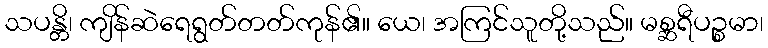
သပန္တိ၊ ကျိန်ဆဲရေရွတ်တတ်ကုန်၏။ ယေ၊ အကြင်သူတို့သည်။ မစ္ဆရီပဉ္စမာ၊